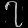
Digit: ၇